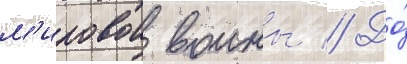
м'ировои воины // До́